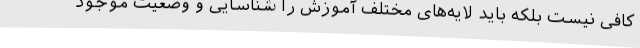
کافی نیست بلکه باید لایه‌های مختلف آموزش را شناسایی و وضعیت موجود